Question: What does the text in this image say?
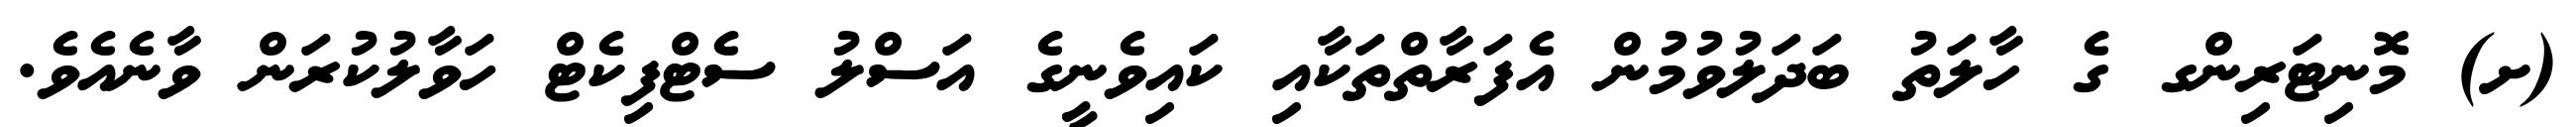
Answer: (ށ) މޮނިޓަރިންގ ގެ ހާލަތު ބަދަލުވުމުން އެފަރާތްތަކާއި ކައިވެނީގެ އަސްލު ސެޓްފިކެޓް ހަވާލުކުރަން ވާނެއެވެ.